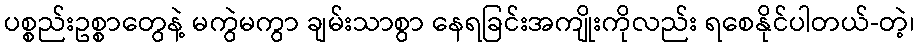
ပစ္စည်းဥစ္စာတွေနဲ့ မကွဲမကွာ ချမ်းသာစွာ နေရခြင်းအကျိုးကိုလည်း ရစေနိုင်ပါတယ်-တဲ့၊